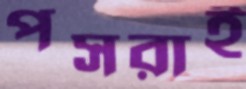
পসরাই